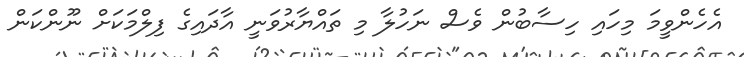
އެހެންވީމަ މިހައި ހިސާބުން ވެސް ނަހުލާ މި ތައްޔާރުވަނީ އާދައިގެ ފިލްމަކަށް ނޫންކަން